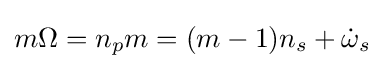
m\Omega =n_{p}m=(m-1)n_{s}+{\dot {\omega }}_{s}